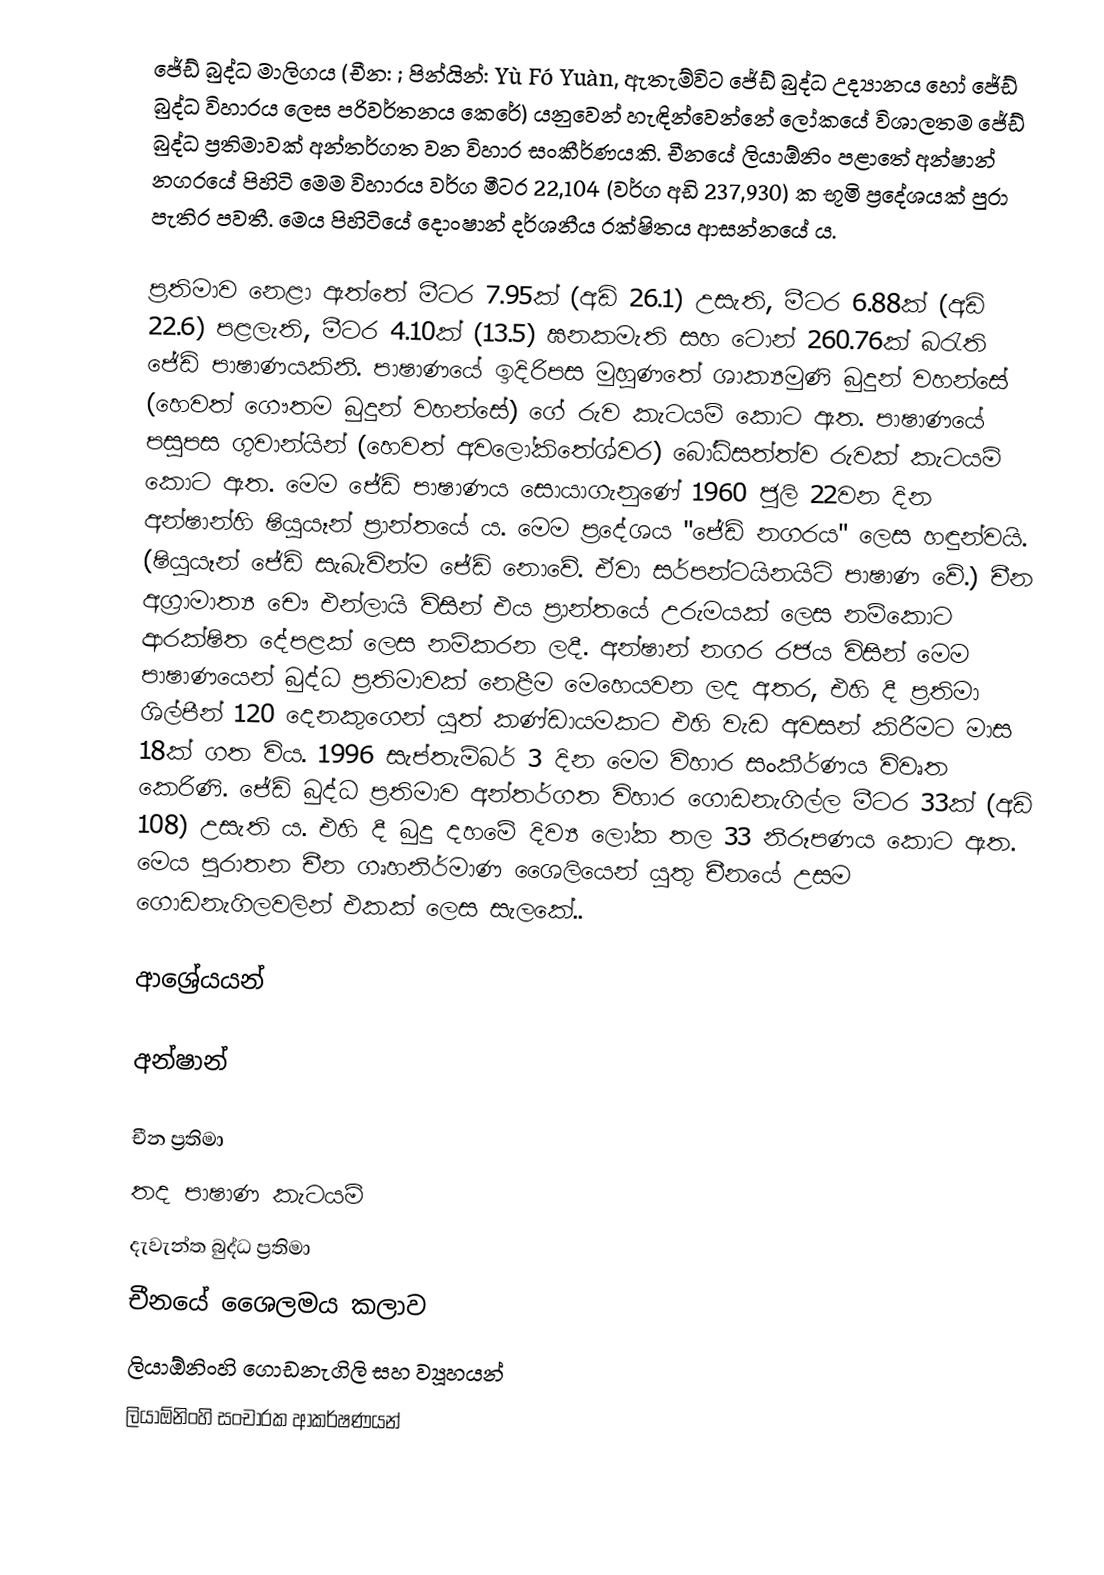
ජේඩ් බුද්ධ මාලිගය (චීන: ; පින්යින්: Yù Fó Yuàn, ඇතැම්විට ජේඩ් බුද්ධ උද්‍යානය හෝ ජේඩ් බුද්ධ විහාරය ලෙස පරිවර්තනය කෙරේ) යනුවෙන් හැඳින්වෙන්නේ ලෝකයේ විශාලතම ජේඩ් බුද්ධ ප්‍රතිමාවක් අන්තර්ගත වන විහාර සංකීර්ණයකි. චීනයේ ලියාඕනිං පළාතේ අන්ෂාන් නගරයේ පිහිටි මෙම විහාරය වර්ග මීටර 22,104 (වර්ග අඩි 237,930) ක භූමි ප්‍රදේශයක් පුරා පැතිර පවතී. මෙය පිහිටියේ දොංෂාන් දර්ශනීය රක්ෂිතය ආසන්නයේ ය.

ප්‍රතිමාව නෙළා ඇත්තේ මීටර 7.95ක් (අඩි 26.1) උසැති, මීටර 6.88ක් (අඩි 22.6) පළලැති, මීටර 4.10ක් (13.5) ඝනකමැති සහ ටොන් 260.76ක් බරැති ජේඩ් පාෂාණයකිනි. පාෂාණයේ ඉදිරිපස මුහු‍ණතේ ශාක්‍යමුණි බුදුන් වහන්සේ (හෙවත් ගෞතම බුදුන් වහන්සේ) ගේ රුව කැටයම් කොට ඇත. පාෂාණයේ පසුපස ගුවාන්යින් (හෙවත් අවලෝකිතේශ්වර) බෝධිසත්ත්ව රුවක් කැටයම් කොට ඇත. මෙම ජේඩ් පාෂාණ‍ය සොයාගැනුණේ 1960 ජූලි 22වන දින අන්ෂාන්හි ෂියුයෑන් ප්‍රාන්තයේ ය. මෙම ප්‍රදේශය "ජේඩ් නගරය" ලෙස හඳුන්වයි. (ෂියුයෑන් ජේඩ් සැබැවින්ම ජේඩ් නොවේ. ඒවා සර්පන්ටයිනයිට් පාෂාණ වේ.) චීන අග්‍රාමාත්‍ය චෞ එන්ලායි විසින් එය ප්‍රාන්තයේ උරුමයක් ලෙස නම්කොට ආරක්ෂිත දේපළක් ලෙස නම්කරන ලදී. අන්ෂාන් නගර රජය විසින් මෙම පාෂාණයෙන් බුද්ධ ප්‍රතිමාවක් නෙළීම මෙහෙයවන ලද අතර, එහි දී ප්‍රතිමා ශිල්පීන් 120 දෙනකුගෙන් යුත් කණ්ඩායමකට එහි වැඩ අවසන් කිරීමට මාස 18ක් ගත විය. 1996 සැප්තැම්බර් 3 දින මෙම විහාර සංකීර්ණය විවෘත කෙරිණි. ජේඩ් බුද්ධ ප්‍රතිමාව අන්තර්ගත විහාර ගොඩනැගිල්ල මීටර 33ක් (අඩි 108) උසැති ය. එහි දී බුදු දහමේ දිව්‍ය ලෝක තල 33 නිරූපණය කොට ඇත. මෙය පුරාතන චීන ගෘහනිර්මාණ ශෛලියෙන් යුතු චීනයේ උසම ගොඩනැගිලවලින් එකක් ලෙස සැලකේ..

ආශ්‍රේයයන්

අන්ෂාන්

චීන ප්‍රතිමා
තද පාෂාණ කැටයම්
දැවැන්ත බුද්ධ ප්‍රතිමා
චීනයේ ශෛලමය කලාව
ලියාඕනිංහි ගොඩනැගිලි සහ ව්‍යූහයන්
ලියාඕනිංහි සංචාරක ආකර්ෂණයන්